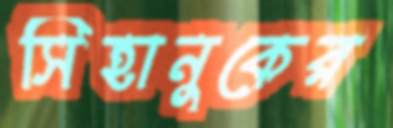
সিহানুকের